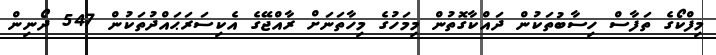
މިފްކޯގެ ތަފާސް ހިސާބުތަކުން ދައްކާގޮތުން މިމަހުގެ މިހާތަނަށް ރާއްޖޭގެ އެކިސަރަޙައްދުތަކުން 547 ދޯނިން